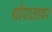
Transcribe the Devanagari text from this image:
थोरातावर